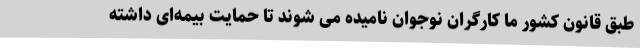
طبق قانون کشور ما کارگران نوجوان نامیده می شوند تا حمایت بیمه‌ای داشته